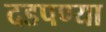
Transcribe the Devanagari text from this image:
दडपण्या